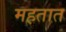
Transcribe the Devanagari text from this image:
महतात